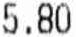
5.80